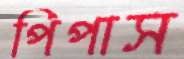
পিপাস